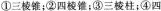
①三棱锥；②四棱锥；③三棱柱；④四